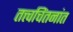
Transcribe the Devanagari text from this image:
तत्त्वचिंतनांत